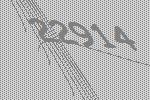
22914